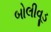
બોલીવૂડ